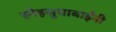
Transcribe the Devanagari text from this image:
स्नेहसुधाबाईंनी